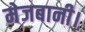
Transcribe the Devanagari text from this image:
मेजबानी।